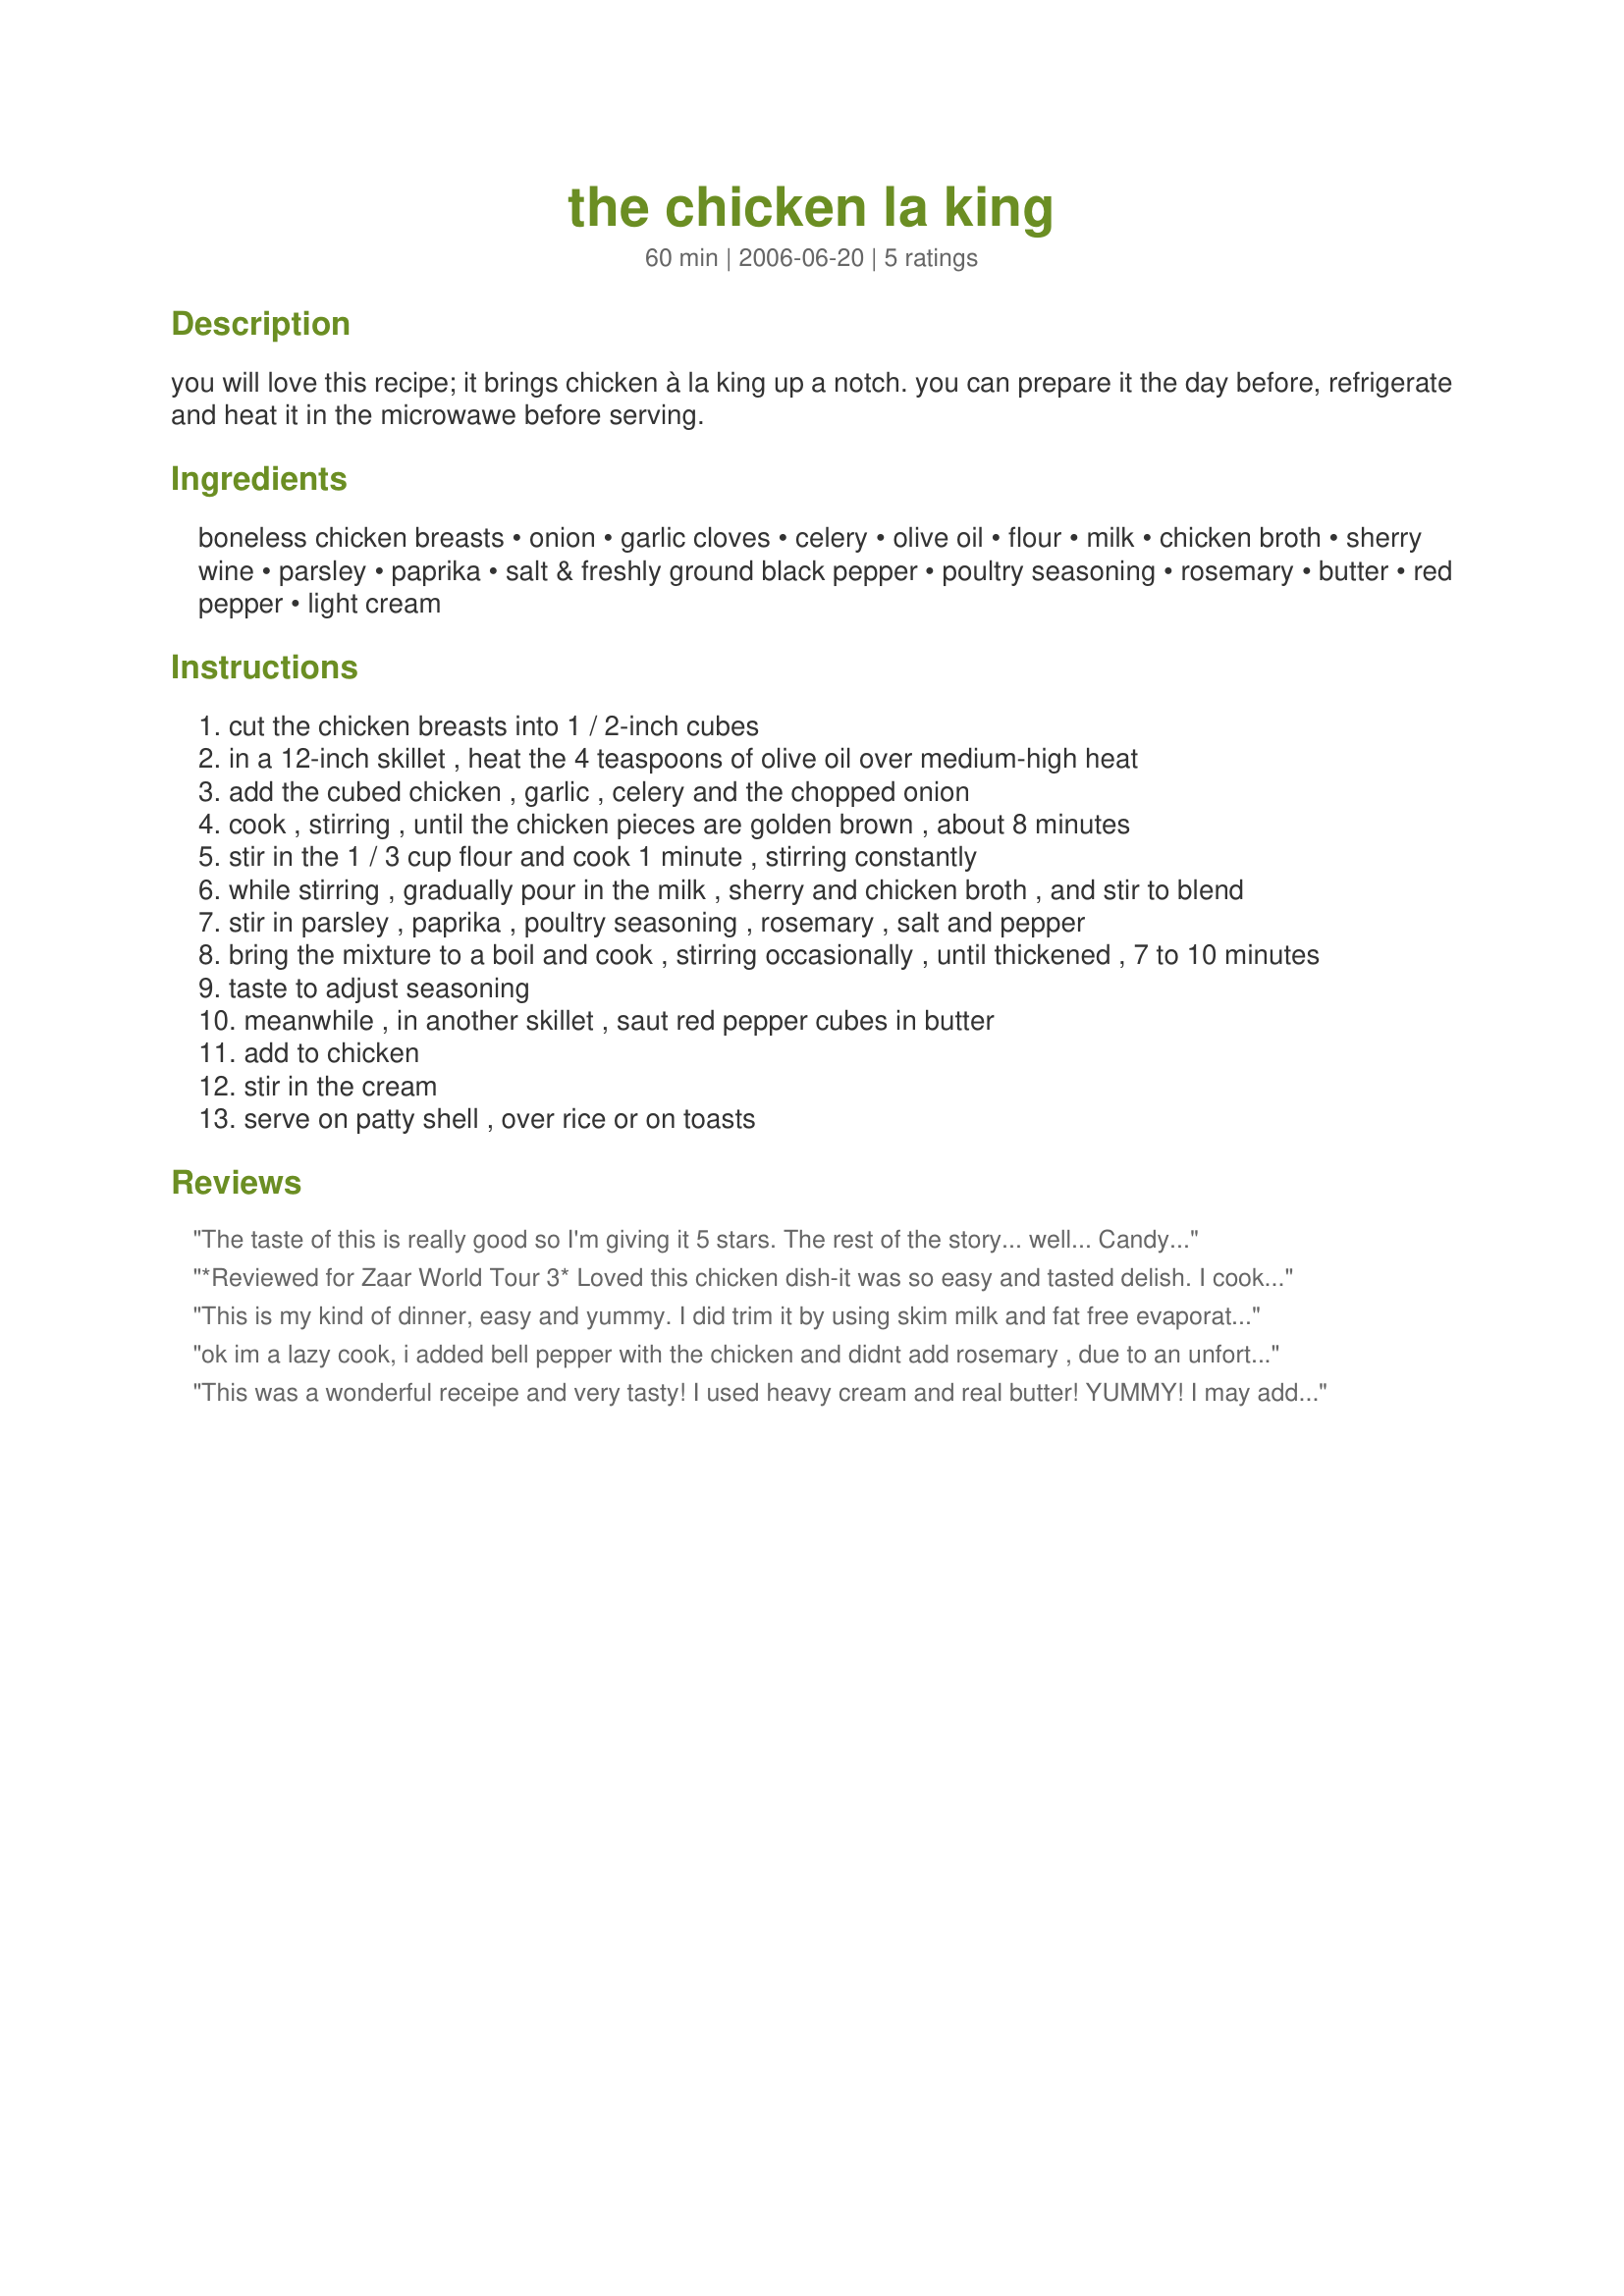
the chicken la king
Preparation time: 60 minutes

you will love this recipe; it brings chicken à la king up a notch. you can prepare it the day before, refrigerate and heat it in the microwawe before serving.

Ingredients:
boneless chicken breasts, onion, garlic cloves, celery, olive oil, flour, milk, chicken broth, sherry wine, parsley, paprika, salt & freshly ground black pepper, poultry seasoning, rosemary, butter, red pepper, light cream

Steps:
cut the chicken breasts into 1 / 2-inch cubes
in a 12-inch skillet , heat the 4 teaspoons of olive oil over medium-high heat
add the cubed chicken , garlic , celery and the chopped onion
cook , stirring , until the chicken pieces are golden brown , about 8 minutes
stir in the 1 / 3 cup flour and cook 1 minute , stirring constantly
while stirring , gradually pour in the milk , sherry and chicken broth , and stir to blend
stir in parsley , paprika , poultry seasoning , rosemary , salt and pepper
bring the mixture to a boil and cook , stirring occasionally , until thickened , 7 to 10 minutes
taste to adjust seasoning
meanwhile , in another skillet , saut red pepper cubes in butter
add to chicken
stir in the cream
serve on patty shell , over rice or on toasts

Reviews:
The taste of this is really good so I'm giving it 5 stars. The rest of the story... well... Candy (that's me) shouldn't be allowed to cook, much less try to adapt recipes. I chose to make this for the ZWT4 Canadian Crockpot. What? You say it doesn't mention a crockpot in the recipe? Oh! Perfect, you get extra points for adapting one for the crockpot. Heh. Yeah. So, my idea of throw it all in there and see what happens didn't turn out so well because it didn't really make a sauce. (Note: I also left out the red peppers and celery because we were out of celery and I don't like peppers). So, I get the bright idea to take the chicken out and cut it up and then put some corn starch into it to thicken it like a sauce. So, we ended up with chicken a la glue. We had yummy turkey sandwiches for dinner instead. *laugh* Having said all of that, we did taste it a bit before we ruined (we being me, Candy) and it was VERY good. Just, uh... don't try to use it in the crockpot.
*Reviewed for Zaar World Tour 3* Loved this chicken dish-it was so easy and tasted delish. I cooked the meal a night in advance and reheated as suggested. I thought the chicken thickened with refrigeration so added some extra stock to reheat- perfect. Thanks for a great recipe. Photo also being posted
This is my kind of dinner, easy and yummy. I did trim it by using skim milk and fat free evaporated and softening the onion and celery in water instead of oil. I'm so used to the low fat way of like that I I don't feel that I'm missing a thing and I didn't because this is delish. The recipe works beautifully. I didn't feel like making rice so I just split a big roll and put the chicken on that. After the pic was taken DH and I shared it. We both gave it 5 stars. Made for ZWT4
ok im a lazy cook, i added bell pepper with the chicken and didnt add rosemary , due to an unfortunate rosemary tuna casserole incident in my past and not as much parsley
This was a wonderful receipe and very tasty! I used heavy cream and real butter! YUMMY! I may add another tbsp of Sherry the next time I make to add to the depth and richness. Thanks for a great recipe!
